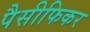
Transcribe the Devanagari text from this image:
पैसीफिकर